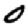
Digit: 0